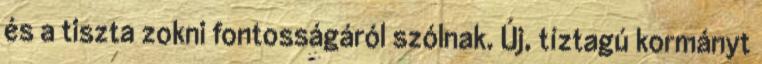
és a tiszta zokni fontosságáról szólnak. Új, tíztagú kormányt